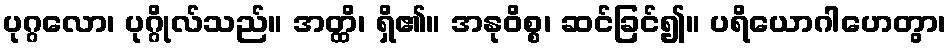
ပုဂ္ဂလော၊ ပုဂ္ဂိုလ်သည်။ အတ္ထိ၊ ရှိ၏။ အနုဝိစ္စ၊ ဆင်ခြင်၍။ ပရိယောဂါဟေတွာ၊